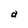
Character: a